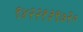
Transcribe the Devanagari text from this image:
९४२२१३९७२०